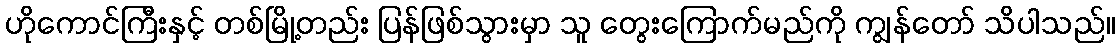
ဟိုကောင်ကြီးနှင့် တစ်မြို့တည်း ပြန်ဖြစ်သွားမှာ သူ တွေးကြောက်မည်ကို ကျွန်တော် သိပါသည်။